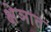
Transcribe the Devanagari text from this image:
क्षेञात